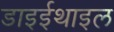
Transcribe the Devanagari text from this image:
डाइईथाइल